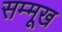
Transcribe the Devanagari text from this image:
सम्मूख